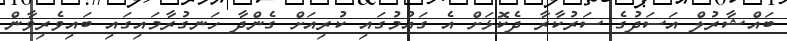
ބައްޝާރުލް އަސަދުގެ ސަރުކާރާ ދެކޮޅަށް އެ ގައުމުގައި ކުރިއަށް ގެންދާ ހަނގުރާމައިގައި ބައިވެރިވާން